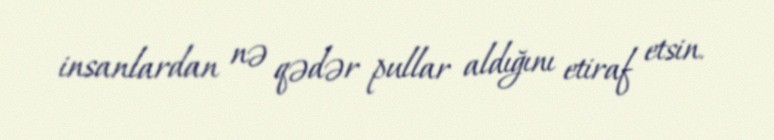
insanlardan nə qədər pullar aldığını etiraf etsin.